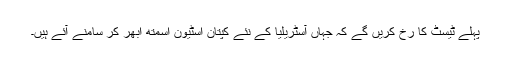
پہلے ٹیسٹ کا رخ کریں گے کہ جہاں آسٹریلیا کے نئے کپتان اسٹیون اسمتھ ابھر کر سامنے آئے ہیں۔